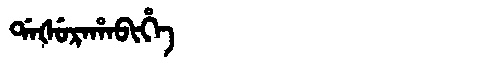
Manchu: ᡩᠠᡧᡠᡵᠠᡥᠠᠪᡳᡥᡝ
Romanization: DAŠURAHABIHE